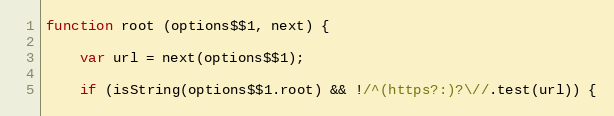
Language: JavaScript
function root (options$$1, next) {

    var url = next(options$$1);

    if (isString(options$$1.root) && !/^(https?:)?\//.test(url)) {